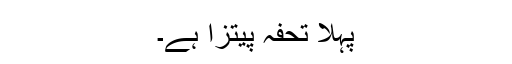
پہلا تحفہ پیتزا ہے۔